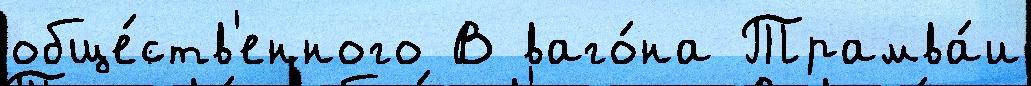
обще́ств'енного В ваго́на Трамва́и